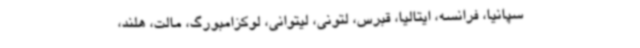
سپانیا، فرانسه، ایتالیا، قبرس، لتونی، لیتوانی، لوکزامبورگ، مالت، هلند،